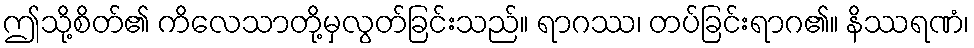
ဤသို့စိတ်၏ ကိလေသာတို့မှလွတ်ခြင်းသည်။ ရာဂဿ၊ တပ်ခြင်းရာဂ၏။ နိဿရဏံ၊